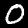
Digit: 0